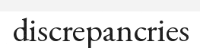
discrepancries